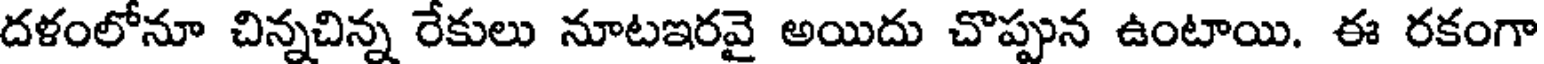
దళంలోనూ చిన్నచిన్న రేకులు నూటఇరవై అయిదు చొప్పున ఉంటాయి. ఈ రకంగా